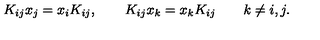
K _ { i j } x _ { j } = x _ { i } K _ { i j } , \qquad K _ { i j } x _ { k } = x _ { k } K _ { i j } \qquad k \ne i , j .